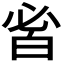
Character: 𤽣